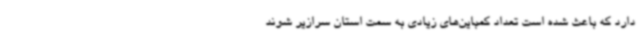
دارد که باعث شده است تعداد کمباین‌های زیادی به سمت استان سرازیر شوند